Indian journal of veterinary science and animal husbandry - Volume 2,
Year: 1932
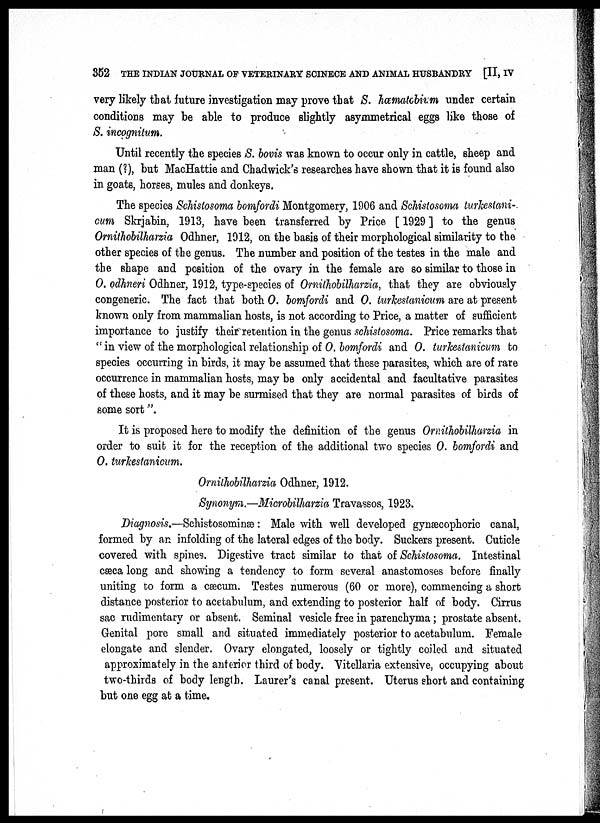
352 THE INDIAN JOURNAL OF VETERINARY SCINECE AND ANIMAL HUSBANDRY [II, IV
very likely that future investigation may prove that S. hæmatobium under certain
conditions may be able to produce slightly asymmetrical eggs like those of
S. incognitum.
Until recently the species S. bovis was known to occur only in cattle, sheep and
man (?), but MacHattie and Chadwick's researches have shown that it is found also
in goats, horses, mules and donkeys.
The species Schistosoma bomfordi Montgomery, 1906 and Schistosoma turkestani-
cum Skrjabin, 1913, have been transferred by Price [ 1929 ] to the genus
Ornithobilharzia Odhner, 1912, on the basis of their morphological similarity to the
other species of the genus. The number and position of the testes in the male and
the shape and position of the ovary in the female are so similar to those in
O. odhneri Odhner, 1912, type-species of Ornithobilharzia, that they are obviously
congeneric. The fact that both O. bomfordi and O. turkestanicum are at present
known only from mammalian hosts, is not according to Price, a matter of sufficient
importance to justify their retention in the genus schistosoma. Price remarks that
"in view of the morphological relationship of O. bomfordi and O. turkestanicum to
species occurring in birds, it may be assumed that these parasites, which are of rare
occurrence in mammalian hosts, may be only accidental and facultative parasites
of these hosts, and it may be surmised that they are normal parasites of birds of
some sort".
It is proposed here to modify the definition of the genus Ornithobilharzia in
order to suit it for the reception of the additional two species O. bomfordi and
O. turkestanicum.
Ornithobilharzia Odhner, 1912.
Synonym.—Microbilharzia Travassos, 1923.
Diagnosis.—Schistosominæ: Male with well developed gynæcophoric canal,
formed by an infolding of the lateral edges of the body. Suckers present. Cuticle
covered with spines. Digestive tract similar to that of Schistosoma. Intestinal
cæca long and showing a tendency to form several anastomoses before finally
uniting to form a cæcurn. Testes numerous (60 or more), commencing a short
distance posterior to acetabulum, and extending to posterior half of body. Cirrus
sac rudimentary or absent. Seminal vesicle free in parenchyma ; prostate absent.
Genital pore small and situated immediately posterior to acetabulum. Female
elongate and slender. Ovary elongated, loosely or tightly coiled and situated
approximately in the anterior third of body. Vitellaria extensive, occupying about
two-thirds of body length. Laurer's canal present. Uterus short and containing
but one egg at a time.